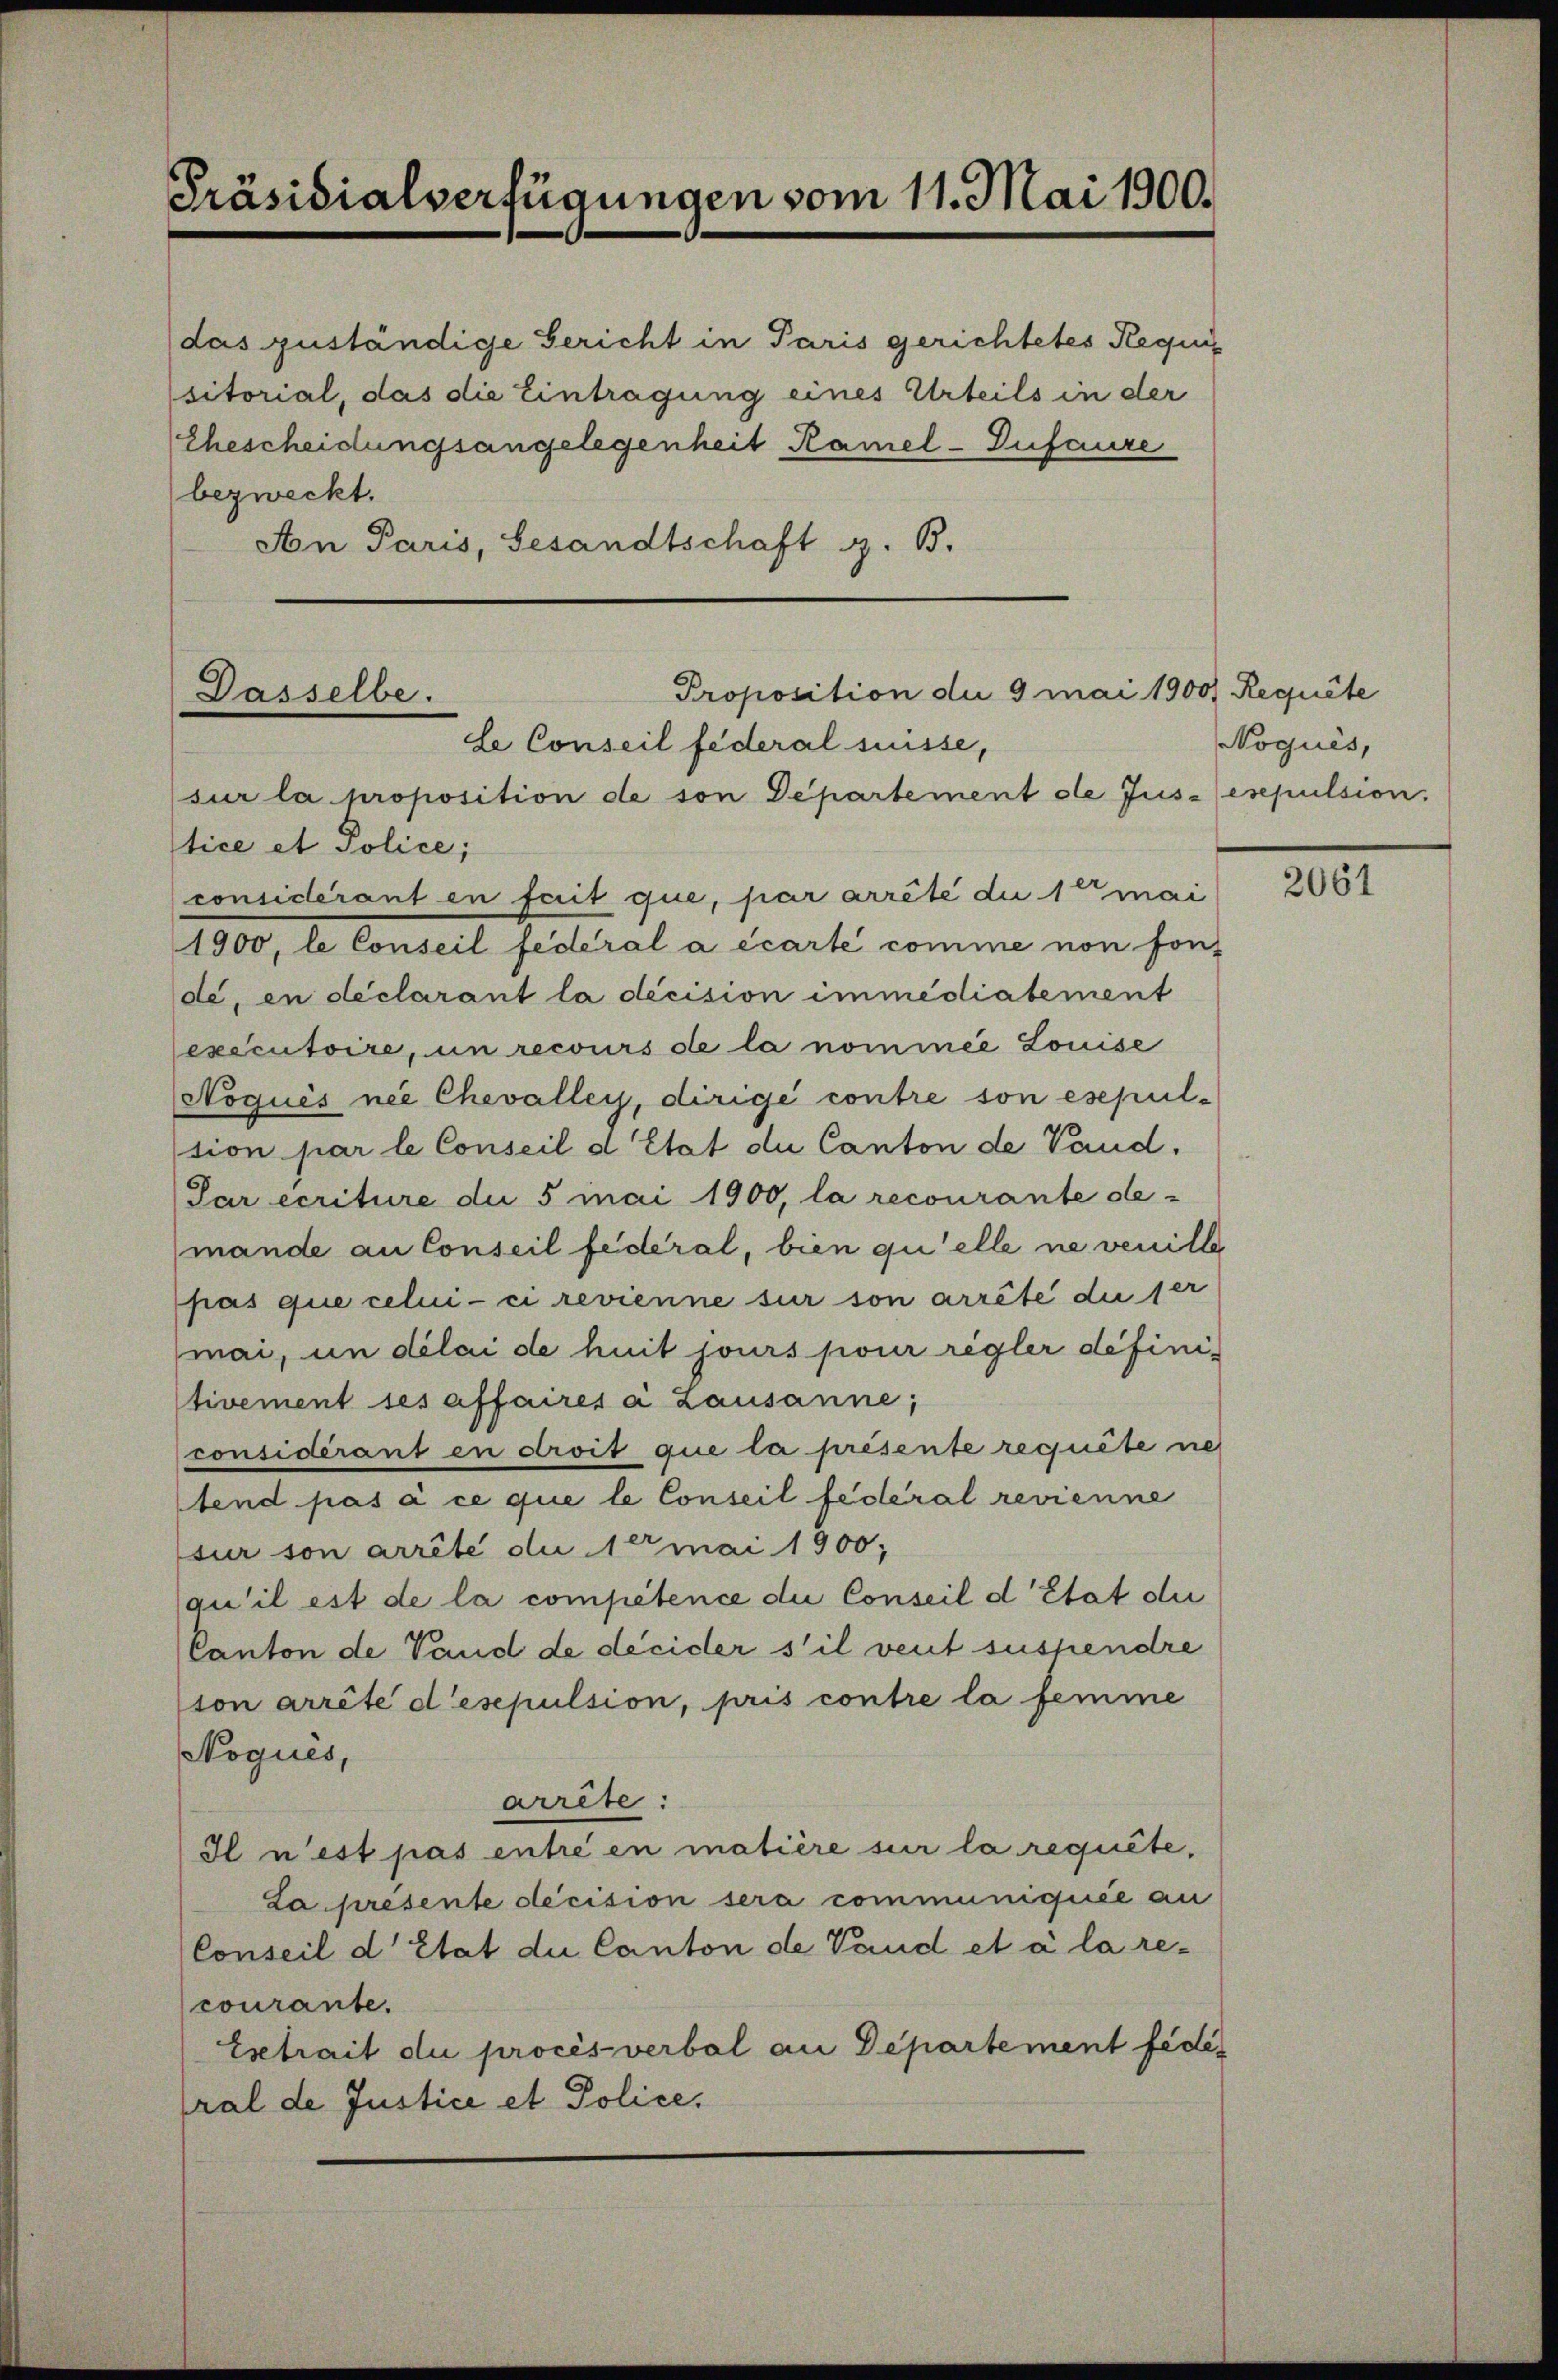
Präsidialverfügungen vom 11. Mai 1900.

An Paris, Gesandtschaft z. B.

das zuständige Gericht in Paris gerichtetes Requis
sitorial, das die Eintragung eines Urteils in der
Ehescheidungsangelegenheit Ramel-Infaure
bezweckt.

Proposition die 9 mai 1900) Requite
Dasselbe.
le Conseil federal suisse,
sur la proposition de son Departement de Jus-esepulsion.

Noqués,

tice et Police;
considérant en fait que, par arrête die 10 mai
1900, le Conseil fédéral a écarte comme von son-
de, en declarant la décision immediatement
executoire, un recours de la nommée Louise
Noquis nie Chevalley, dirigé contre son esepul-
tion par le Conseil d’Etat du Canton de Vaud.
Par ecriture die 5 mai 1900, la recourante demande an Conseil fédéral, bien qu’elle ne venille
pas que celui-ci revienne sur son arrête die ser
mai, un délai de huit jours pour regler definitivement ses affaires à Lausanne;
considérant en droit que la présente requete ne
tend pas à ce que le Conseil fédéral revienne
sur son arrête du 10 mai 1900,
qu’il est de la compétence die Conseil d’Etat di
Canton de Vaud de décider s’il veut suspendre
ton arrête d’esepulsion, pris contre la femme
Noques,
arrête:
Il n’est pas entré en matière sur la requite,
La presente decision sera communiquée au
Conseil d’Etat die Canton de Vaud et à la recourante.
Esetrait du procès verbal an Departement fédéral de Justice et Police,

2061